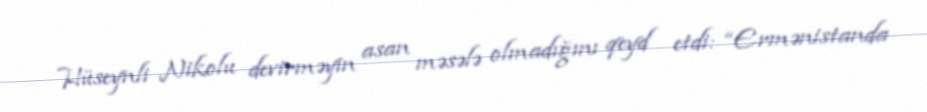
Hüseynli Nikolu devirməyin asan məsələ olmadığını qeyd etdi: “Ermənistanda